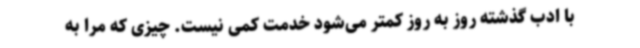
با ادب گذشته روز به روز کمتر می‌شود خدمت کمی نیست. چیزی که مرا به